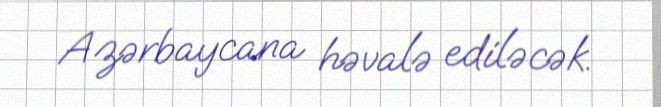
Azərbaycana həvalə ediləcək.